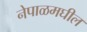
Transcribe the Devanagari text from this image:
नेपाळमघील